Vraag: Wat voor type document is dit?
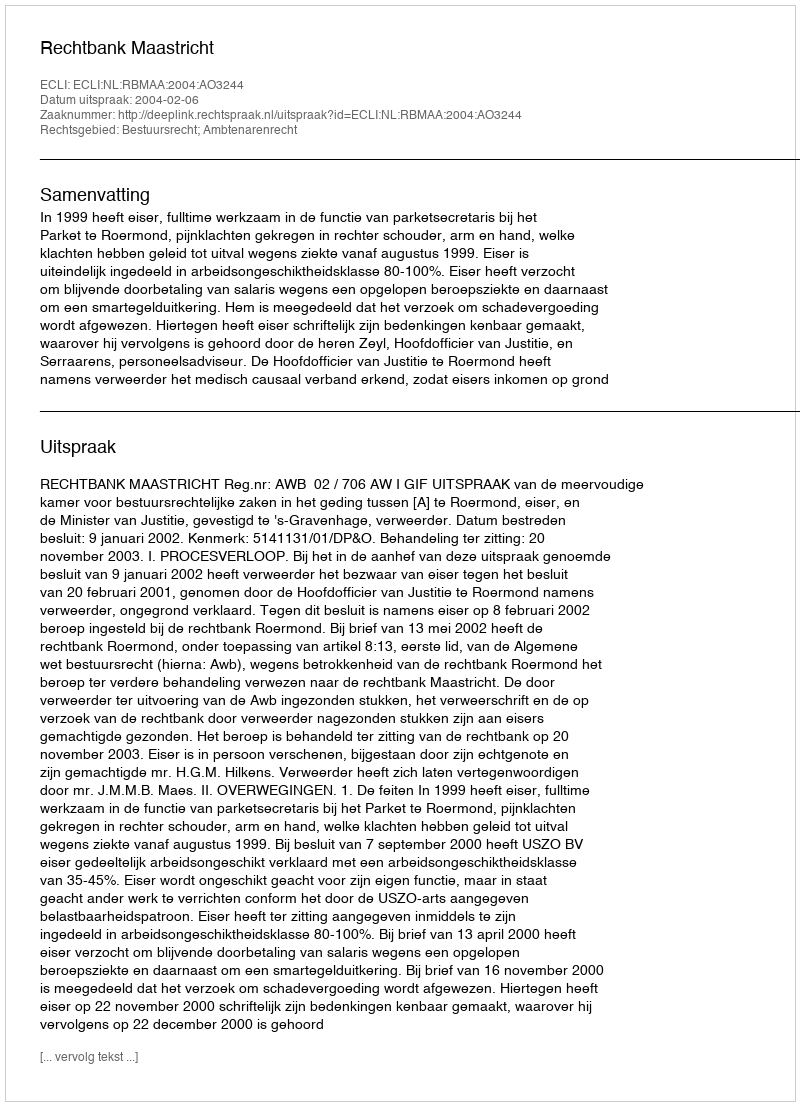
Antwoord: Uitspraak